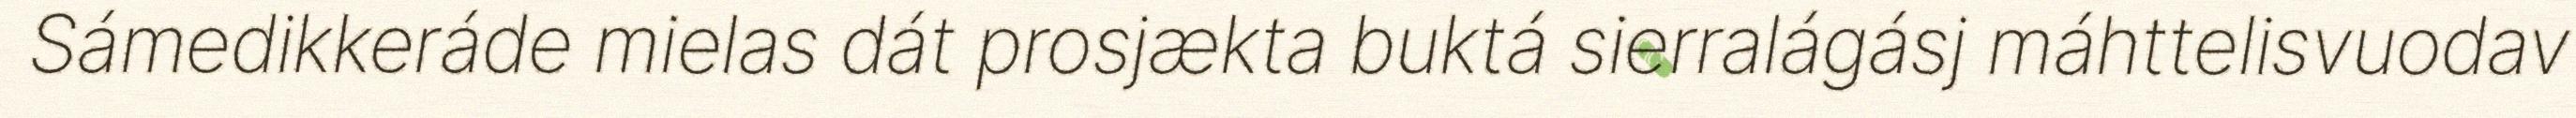
Sámedikkeráde mielas dát prosjækta buktá sierralágásj máhttelisvuodav